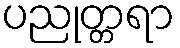
ပညုတ္တရာ